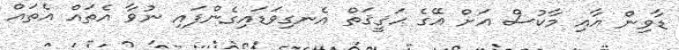
ޑާވިން އާއި މާކުސް އަށް އޭގެ ޙަޤީޤަތް އެނގިވަޑައިގެންފައި ނުވާ އެތައް އެތައް